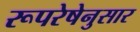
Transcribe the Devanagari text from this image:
रूपरेषेनुसार